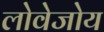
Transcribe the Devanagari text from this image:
लोवेजोय